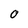
Character: 0